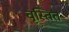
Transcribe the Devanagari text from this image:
वृस्तित